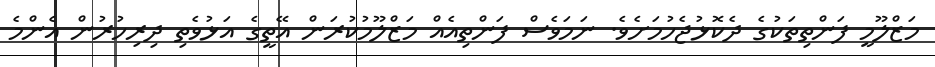
މަޒްލޫމީ ފަންތިތަކުގެ ދެކޮޅުޖެހުމަށެވެ. ނަމަވެސް ފަންތިއެއް މަޒްލޫމުކުރަން އޭތީގެ އަޅުވެތި ދިރިހުރުން އެންމެ